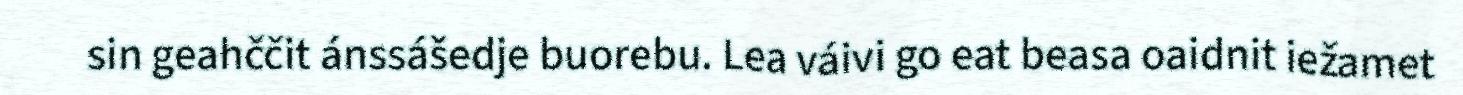
sin geahččit ánssášedje buorebu. Lea váivi go eat beasa oaidnit iežamet